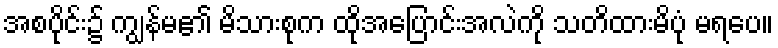
အစပိုင်း၌ ကျွန်မ၏ မိသားစုက ထိုအပြောင်းအလဲကို သတိထားမိပုံ မရပေ။